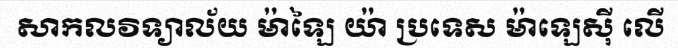
សាកលវិទ្យាល័យ ម៉ាឡៃ យ៉ា ប្រទេស ម៉ាឡេស៊ី លើ